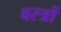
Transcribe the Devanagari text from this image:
वस्‍त्रों